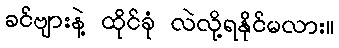
ခင်ဗျားနဲ့ ထိုင်ခုံ လဲလို့ရနိုင်မလား။